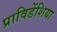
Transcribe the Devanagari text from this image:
प्राविडेंशिया